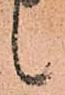
候